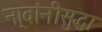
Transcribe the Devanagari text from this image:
ना्वांनीसुद्धा